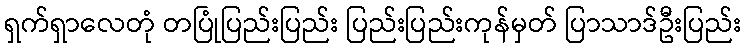
ရှက်ရှာလေတုံ တပြုံပြည်းပြည်း ပြည်းပြည်းကုန်မှတ် ပြာသာဒ်ဦးပြည်း